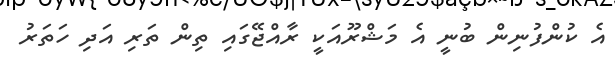
އެ ކުންފުނިން ބުނީ އެ މަޝްރޫއަކީ ރާއްޖޭގައި ތިން ތަރި އަދި ހަތަރު